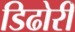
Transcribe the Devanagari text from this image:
डिढोरी